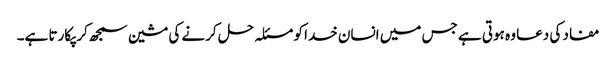
مفاد کی دعا وہ ہوتی ہے جس میں انسان خدا کو مسئلہ حل کرنے کی مشین سمجھ کر پکارتا ہے۔